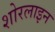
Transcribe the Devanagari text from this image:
शोरलाइन